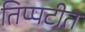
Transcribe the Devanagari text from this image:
तिप्पटीत